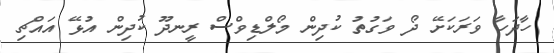
ހާދަހާ ވަރަކަށޭ ދޯ ވަގުތު ކުދިން މޯލްޑިވްސް ރީނދޫ ކުދިން އުޅޭ އައްޗި